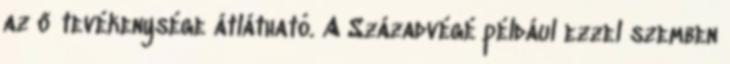
az ő tevékenysége átlátható. A Századvégé például ezzel szemben